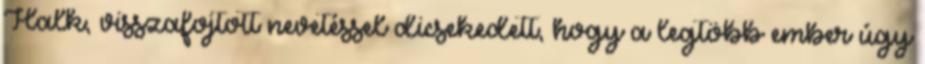
Halk, visszafojtott nevetéssel dicsekedett, hogy a legtöbb ember úgy